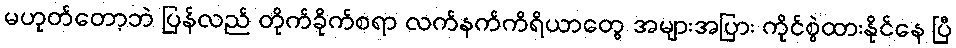
မဟုတ်တော့ဘဲ ပြန်လည် တိုက်ခိုက်စရာ လက်နက်ကိရိယာတွေ အများအပြား ကိုင်စွဲထားနိုင်နေ ပြီ